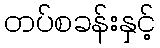
တပ်စခန်းနှင့်